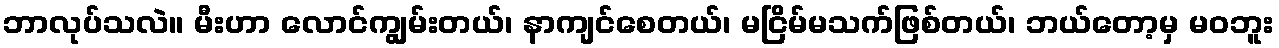
ဘာလုပ်သလဲ။ မီးဟာ လောင်ကျွမ်းတယ်၊ နာကျင်စေတယ်၊ မငြိမ်မသက်ဖြစ်တယ်၊ ဘယ်တော့မှ မဝဘူး